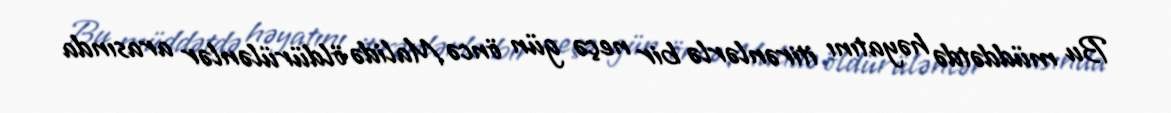
Bu müddətdə həyatını itirənlərlə bir neçə gün öncə Malidə öldürülənlər arasında